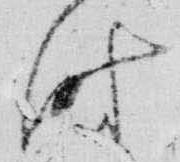
時